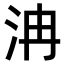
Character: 𣲹